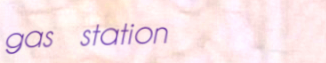
gas station